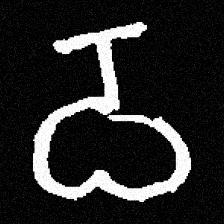
Pyu character \u2014 Myanmar letter: ဝ (romanized: wa)